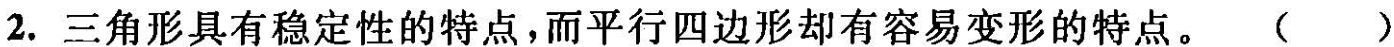
2.三角形具有稳定性的特点，而平行四边形却有容易变形的特点。()